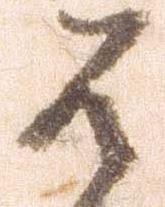
は